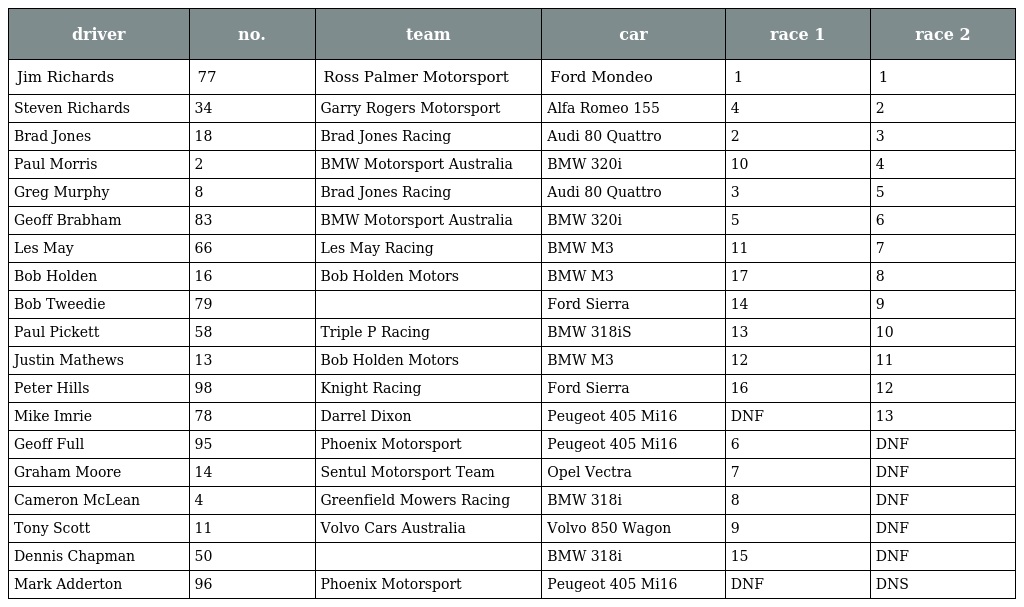
| driver | no. | team | car | race 1 | race 2 |
 | --- | --- | --- | --- | --- | --- |
 | Jim Richards | 77 | Ross Palmer Motorsport | Ford Mondeo | 1 | 1 |
 | Steven Richards | 34 | Garry Rogers Motorsport | Alfa Romeo 155 | 4 | 2 |
 | Brad Jones | 18 | Brad Jones Racing | Audi 80 Quattro | 2 | 3 |
 | Paul Morris | 2 | BMW Motorsport Australia | BMW 320i | 10 | 4 |
 | Greg Murphy | 8 | Brad Jones Racing | Audi 80 Quattro | 3 | 5 |
 | Geoff Brabham | 83 | BMW Motorsport Australia | BMW 320i | 5 | 6 |
 | Les May | 66 | Les May Racing | BMW M3 | 11 | 7 |
 | Bob Holden | 16 | Bob Holden Motors | BMW M3 | 17 | 8 |
 | Bob Tweedie | 79 |  | Ford Sierra | 14 | 9 |
 | Paul Pickett | 58 | Triple P Racing | BMW 318iS | 13 | 10 |
 | Justin Mathews | 13 | Bob Holden Motors | BMW M3 | 12 | 11 |
 | Peter Hills | 98 | Knight Racing | Ford Sierra | 16 | 12 |
 | Mike Imrie | 78 | Darrel Dixon | Peugeot 405 Mi16 | DNF | 13 |
 | Geoff Full | 95 | Phoenix Motorsport | Peugeot 405 Mi16 | 6 | DNF |
 | Graham Moore | 14 | Sentul Motorsport Team | Opel Vectra | 7 | DNF |
 | Cameron McLean | 4 | Greenfield Mowers Racing | BMW 318i | 8 | DNF |
 | Tony Scott | 11 | Volvo Cars Australia | Volvo 850 Wagon | 9 | DNF |
 | Dennis Chapman | 50 |  | BMW 318i | 15 | DNF |
 | Mark Adderton | 96 | Phoenix Motorsport | Peugeot 405 Mi16 | DNF | DNS |